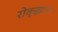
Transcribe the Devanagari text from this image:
रोक्झाना